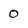
Character: 0